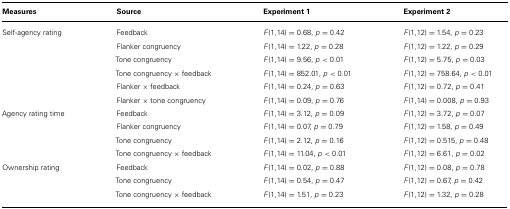
<table><thead><tr><td><b>Measures</b></td><td><b>Source</b></td><td><b>Experiment 1</b></td><td><b>Experiment 2</b></td></tr></thead><tbody><tr><td>Self-agency rating</td><td>Feedback</td><td><i>F</i>(1,14) = 0.68, <i>p </i>= 0.42</td><td><i>F</i>(1,12) = 1.54, <i>p </i>= 0.23</td></tr><tr><td></td><td>Flanker congruency</td><td><i>F</i>(1,14) = 1.22, <i>p </i>= 0.28</td><td><i>F</i>(1,12) = 1.22, <i>p </i>= 0.29</td></tr><tr><td></td><td>Tone congruency</td><td><i>F</i>(1,14) = 9.56, <i>p </i>&lt; 0.01</td><td><i>F</i>(1,12) = 5.75, <i>p </i>= 0.03</td></tr><tr><td></td><td>Tone congruency × feedback</td><td><i>F</i>(1,14) = 852.01, <i>p </i>&lt; 0.01</td><td><i>F</i>(1,12) = 758.64, <i>p </i>&lt; 0.01</td></tr><tr><td></td><td>Flanker × feedback</td><td><i>F</i>(1,14) = 0.24, <i>p </i>= 0.63</td><td><i>F</i>(1,12) = 0.72, <i>p </i>= 0.41</td></tr><tr><td></td><td>Flanker × tone congruency</td><td><i>F</i>(1,14) = 0.09, <i>p </i>= 0.76</td><td><i>F</i>(1,14) = 0.008, <i>p </i>= 0.93</td></tr><tr><td>Agency rating time</td><td>Feedback</td><td><i>F</i>(1,14) = 3.12, <i>p </i>= 0.09</td><td><i>F</i>(1,12) = 3.72, <i>p </i>= 0.07</td></tr><tr><td></td><td>Flanker congruency</td><td><i>F</i>(1,14) = 0.07, <i>p </i>= 0.79</td><td><i>F</i>(1,12) = 1.58, <i>p </i>= 0.49</td></tr><tr><td></td><td>Tone congruency</td><td><i>F</i>(1,14) = 2.12, <i>p </i>= 0.16</td><td><i>F</i>(1,12) = 0.515, <i>p </i>= 0.48</td></tr><tr><td></td><td>Tone congruency × feedback</td><td><i>F</i>(1,14) = 11.04, <i>p </i>&lt; 0.01</td><td><i>F</i>(1,12) = 6.61, <i>p </i>= 0.02</td></tr><tr><td>Ownership rating</td><td>Feedback</td><td><i>F</i>(1,14) = 0.02, <i>p </i>= 0.88</td><td><i>F</i>(1,12) = 0.08, <i>p </i>= 0.78</td></tr><tr><td></td><td>Tone congruency</td><td><i>F</i>(1,14) = 0.54, <i>p </i>= 0.47</td><td><i>F</i>(1,12) = 0.67, <i>p </i>= 0.42</td></tr><tr><td></td><td>Tone congruency × feedback</td><td><i>F</i>(1,14) = 1.51, <i>p </i>= 0.23</td><td><i>F</i>(1,12) = 1.32, <i>p </i>= 0.28</td></tr></tbody></table>